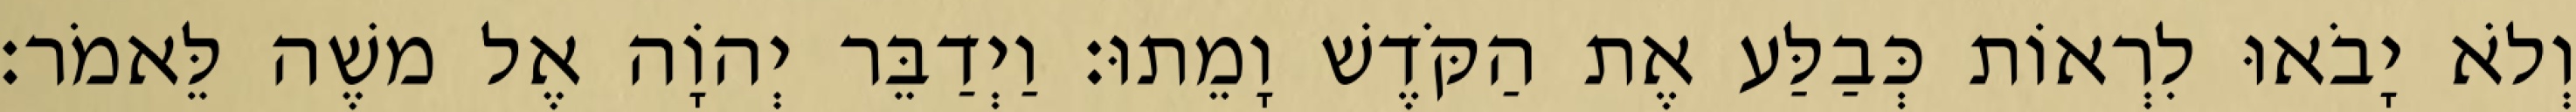
וְלֹא יָבֹאוּ לִרְאוֹת כְּבַלַּע אֶת הַקֹּדֶשׁ וָמֵתוּ׃ וַיְדַבֵּר יְהוָֹה אֶל משֶׁה לֵּאמֹר׃